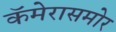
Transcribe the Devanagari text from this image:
कॅमेरासमोर